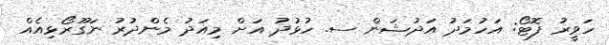
ހަވީރު ފޮޓޯ: އަހުމަދު އަދުޝަން ސ. ހުޅުދު އަށް މިއަދު މެންދުރު ނަގޫރޯޅިއެއް